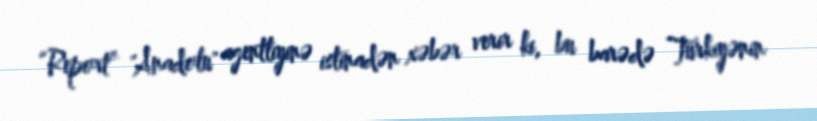
“Report” "Anadolu" agentliyinə istinadən xəbər verir ki, bu barədə Türkiyənin